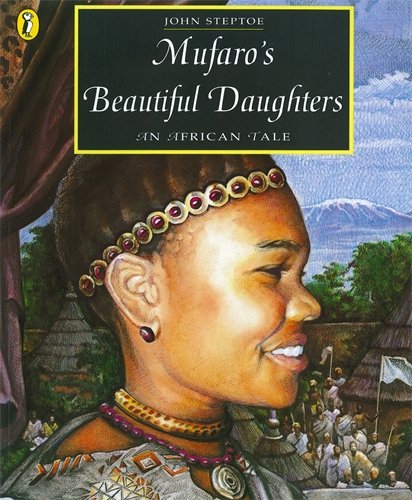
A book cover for Mufaro's Beautiful Daughters: An African Tale (Picture Puffin); John Steptoe; Children's Books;